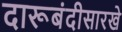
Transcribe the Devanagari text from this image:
दारूबंदीसारखे